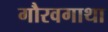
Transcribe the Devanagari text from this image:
गौरवगाथा